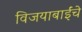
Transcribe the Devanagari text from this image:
विजयाबाईंचे